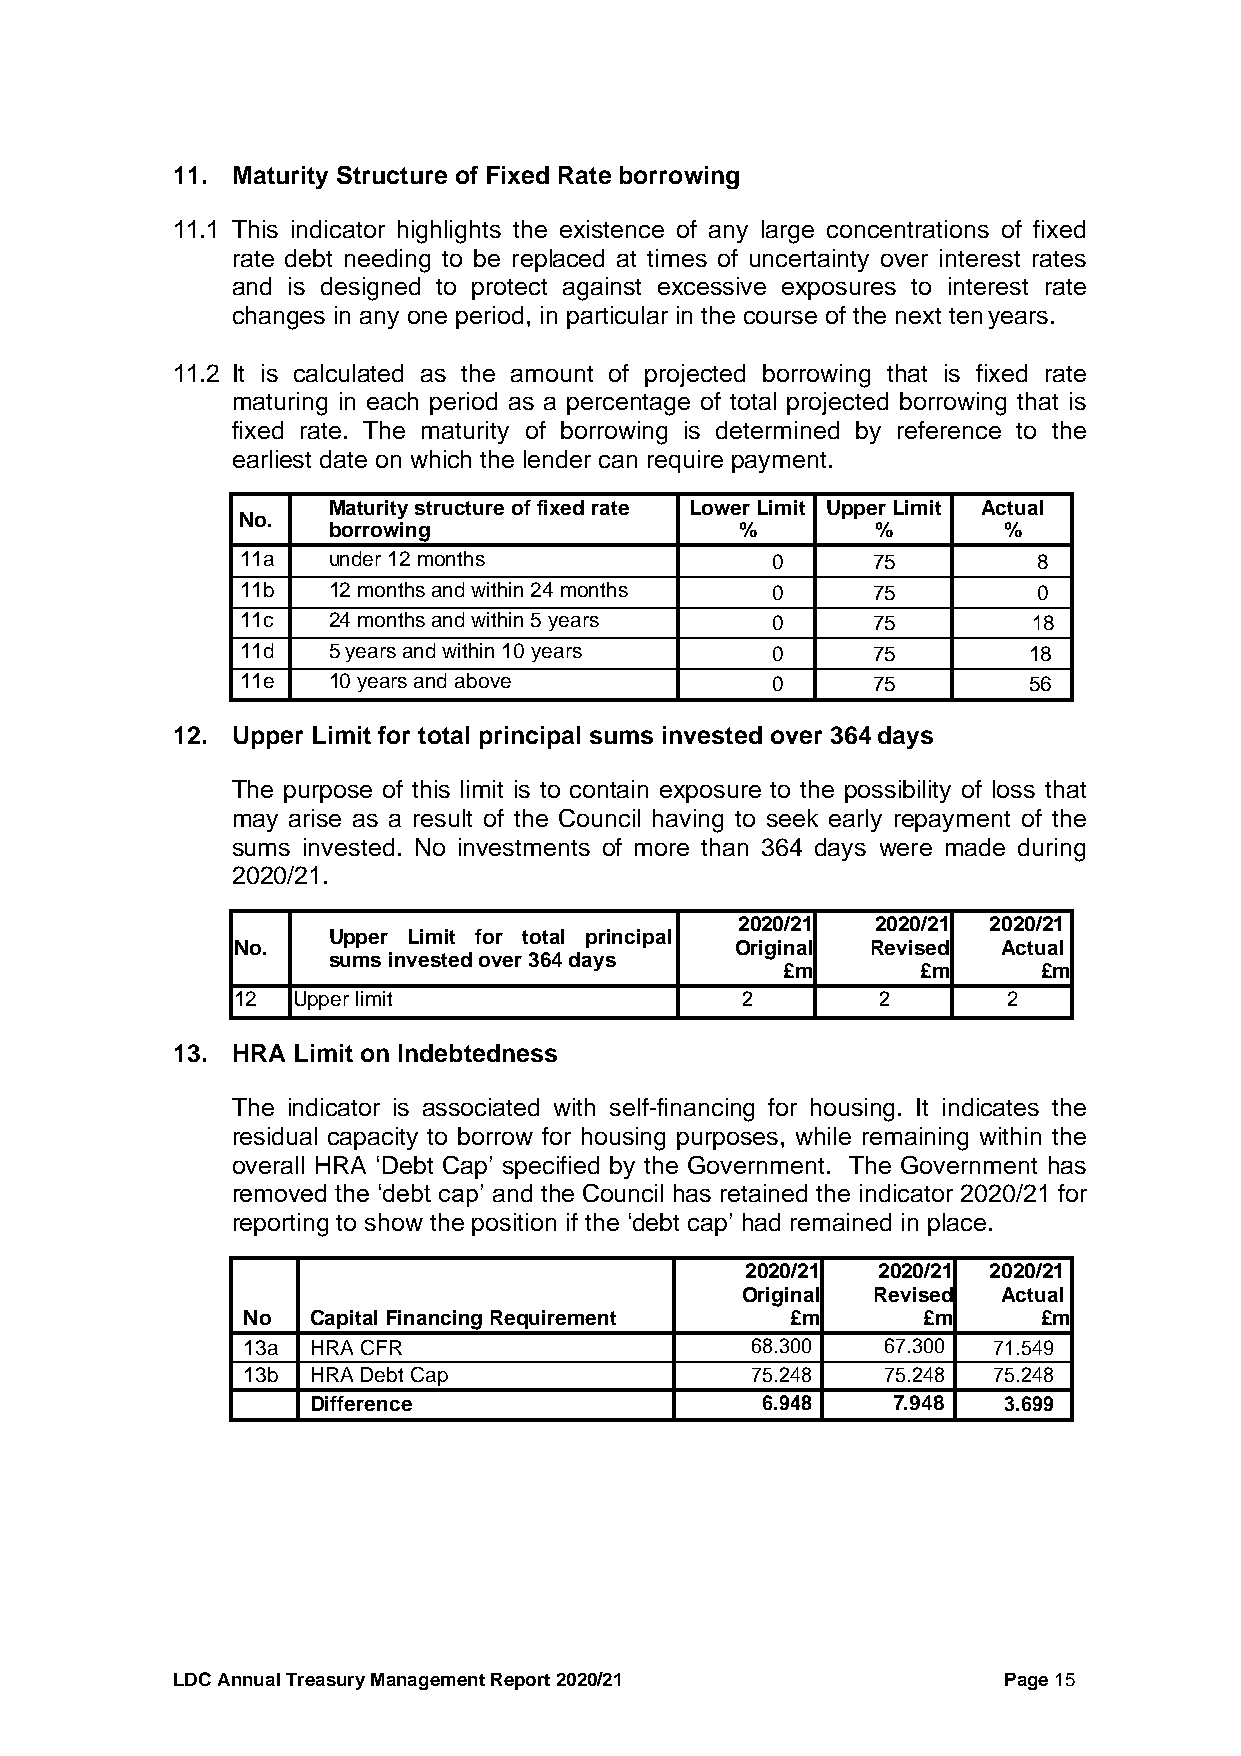
11. Maturity Structure of Fixed Rate borrowing
 11.1 This indicator highlights the existence of any large concentrations of fixed
 rate debt needing to be replaced at times of uncertainty over interest rates
 and is designed to protect against excessive exposures to interest rate
 changes in any one period, in particular in the course of the next ten years.
 11.2 It is calculated as the amount of projected borrowing that is fixed rate
 maturing in each period as a percentage of total projected borrowing that is
 fixed rate. The maturity of borrowing is determined by reference to the
 earliest date on which the lender can require payment.
 Maturity structure of fixed rate Lower Limit Upper Limit Actual
 No.
 borrowing                  %        %       %
 11a   under 12 months              0      75         8
 11b   12 months and within 24 months 0    75         0
 11c   24 months and within 5 years 0      75        18
 11d   5 years and within 10 years  0      75        18
 11e   10 years and above           0      75        56
 12. Upper Limit for total principal sums invested over 364 days
 The purpose of this limit is to contain exposure to the possibility of loss that
 may arise as a result of the Council having to seek early repayment of the
 sums invested. No investments of more than 364 days were made during
 2020/21.
 2020/21  2020/21 2020/21
 Upper Limit for total principal
 No.                               Original Revised Actual
 sums invested over 364 days
 £m       £m      £m
 12  Upper limit                   2        2        2
 13. HRA Limit on Indebtedness
 The indicator is associated with self-financing for housing. It indicates the
 residual capacity to borrow for housing purposes, while remaining within the
 overall HRA ‘Debt Cap’ specified by the Government. The Government has
 removed the ‘debt cap’ and the Council has retained the indicator 2020/21 for
 reporting to show the position if the ‘debt cap’ had remained in place.
 2020/21  2020/21 2020/21
 Original Revised Actual
 No   Capital Financing Requirement  £m       £m      £m
 13a  HRA CFR                      68.300   67.300 71.549
 13b  HRA Debt Cap                 75.248   75.248 75.248
 Difference                   6.948    7.948  3.699
 LDC Annual Treasury Management Report 2020/21          Page 15